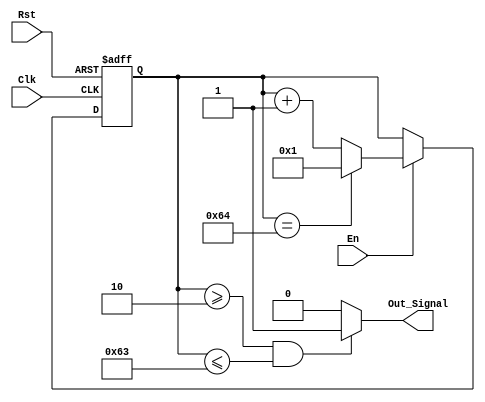
module Column_Counter(Clk, Rst, En, Out_Signal);
    parameter DATA_WIDTH = 14;

    input  Clk, Rst, En;
    output Out_Signal;

    reg [DATA_WIDTH - 1:0] Counter_Mem;

    always @ (posedge Clk or negedge Rst) begin
        if (!Rst) begin
            Counter_Mem <= 0;
        end else begin
            if (En) begin
                if (Counter_Mem == 100) begin
                    Counter_Mem <= 1;
                end else begin
                    Counter_Mem <= Counter_Mem + 1;
                end
            end else begin
                Counter_Mem <= Counter_Mem;
            end
        end
    end

    assign Out_Signal = (Counter_Mem >= 2 & Counter_Mem <= 99) ? 1'b1 : 1'b0;

endmodule